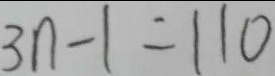
3 n - 1 = 1 1 0